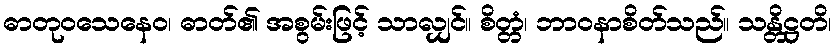
ဓာတုဝသေနေဝ၊ ဓာတ်၏ အစွမ်းဖြင့် သာလျှင်။ စိတ္တံ၊ ဘာဝနာစိတ်သည်။ သန္တိဋ္ဌတိ၊